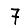
Digit: 7